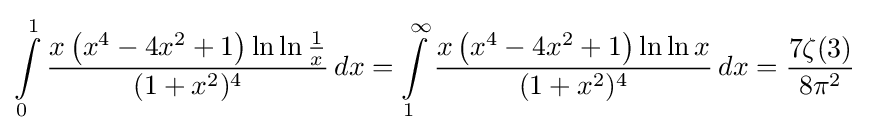
\int \limits _{0}^{1}{\frac {x\left(x^{4}-4x^{2}+1\right)\ln \ln {\frac {1}{x}}}{\,(1+x^{2})^{4}\,}}\,dx=\int \limits _{1}^{\infty }{\frac {x\left(x^{4}-4x^{2}+1\right)\ln \ln {x}}{\,(1+x^{2})^{4}\,}}\,dx={\frac {7\zeta (3)}{8\pi ^{2}}}